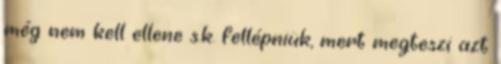
még nem kell ellene s.k. fellépniük, mert megteszi azt